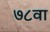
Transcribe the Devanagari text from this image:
७८वा